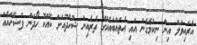
އެރައިވަލް އިން ނިކުމެގެން އައި އެތައްބައެއްގެ ތެރެއިން ޝުހާދުއަށް ކޮއްކޮ ހޯދަން ފަސޭހައެއް